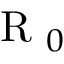
\mathrm { ~ R ~ } _ { 0 }